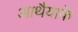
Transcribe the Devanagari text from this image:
आथैयाके